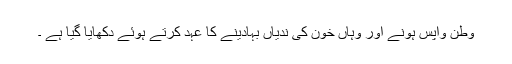
وطن واپس ہونے اور وہاں خون کی ندیاں بہادینے کا عہد کرتے ہوئے دکھایا گیا ہے ۔